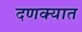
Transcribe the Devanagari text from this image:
दणक्यात